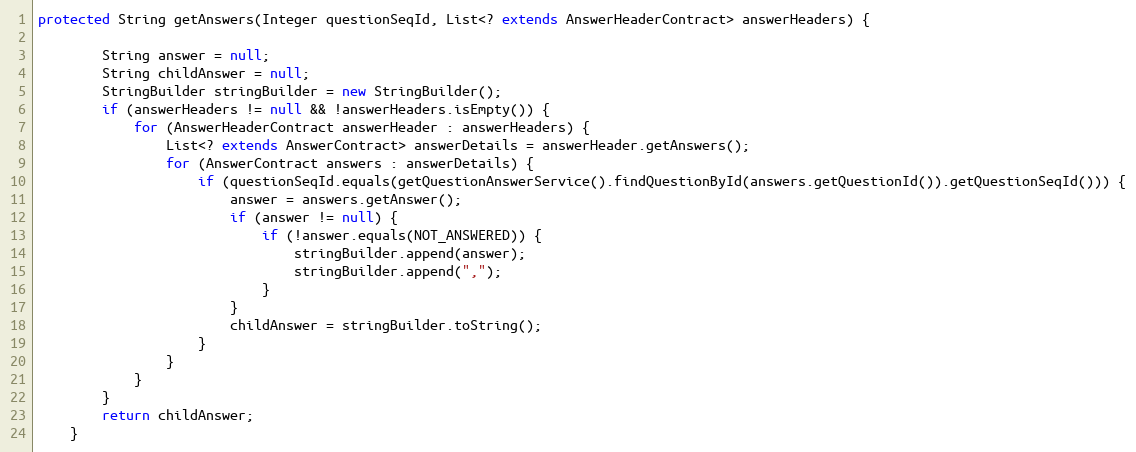
Language: Java
protected String getAnswers(Integer questionSeqId, List<? extends AnswerHeaderContract> answerHeaders) {

        String answer = null;
        String childAnswer = null;
        StringBuilder stringBuilder = new StringBuilder();
        if (answerHeaders != null && !answerHeaders.isEmpty()) {
            for (AnswerHeaderContract answerHeader : answerHeaders) {
                List<? extends AnswerContract> answerDetails = answerHeader.getAnswers();
                for (AnswerContract answers : answerDetails) {
                    if (questionSeqId.equals(getQuestionAnswerService().findQuestionById(answers.getQuestionId()).getQuestionSeqId())) {
                        answer = answers.getAnswer();
                        if (answer != null) {
                            if (!answer.equals(NOT_ANSWERED)) {
                                stringBuilder.append(answer);
                                stringBuilder.append(",");
                            }
                        }
                        childAnswer = stringBuilder.toString();
                    }
                }
            }
        }
        return childAnswer;
    }